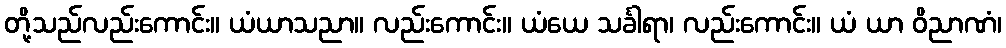
တို့သည်လည်းကောင်း။ ယံယာသညာ။ လည်းကောင်း။ ယံယေ သင်္ခါရာ၊ လည်းကောင်း။ ယံ ယာ ဝိညာဏံ၊